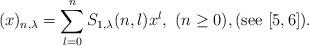
LaTeX: \begin{align*}(x)_{n,\lambda } = \sum_{l=0}^n S_{1,\lambda }(n,l) x^l,\,\,(n \geq 0),(\textnormal{see} \,\, [5,6]).\end{align*}